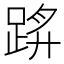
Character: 䟸